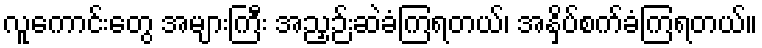
လူကောင်းတွေ အများကြီး အညှဉ်းဆဲခံကြရတယ်၊ အနှိပ်စက်ခံကြရတယ်။